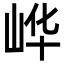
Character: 㟆